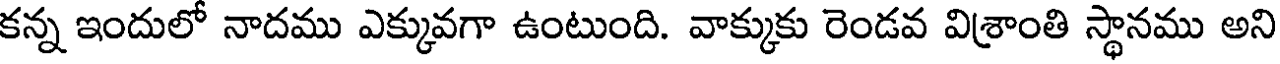
కన్న ఇందులో నాదము ఎక్కువగా ఉంటుంది. వాక్కుకు రెండవ విశ్రాంతి స్థానము అని